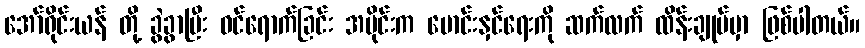
အော်ရိုင်းယန် တို့ ခွဲခွာပြီး ဝင်ရောက်ခြင်း အပိုင်းက မောင်းနှင်ရေးကို ဆက်လက် ထိန်းချုပ်မှာ ဖြစ်ပါတယ်။